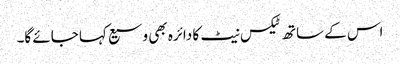
اس کے ساتھ ٹیکس نیٹ کا دائرہ بھی وسیع کہا جائے گا۔